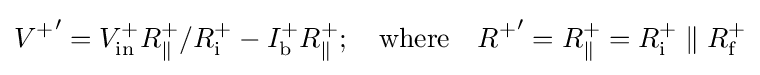
{V^{+}}'=V_{\text{in}}^{+}R_{\parallel }^{+}/R_{\text{i}}^{+}-I_{\text{b}}^{+}R_{\parallel }^{+};\quad {\text{where}}\quad {R^{+}}'=R_{\parallel }^{+}=R_{\text{i}}^{+}\parallel R_{\text{f}}^{+}